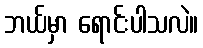
ဘယ်မှာ ရောင်းပါသလဲ။